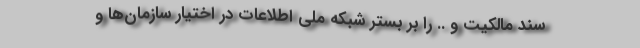
سند مالکیت و .. را بر بستر شبکه ملی اطلاعات در اختیار سازمان‌ها و